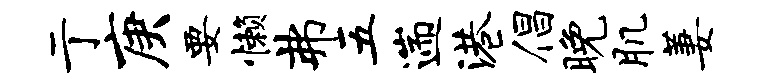
亍庚要懒弗五遄港倡晚肌萋